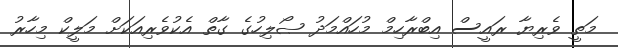
މަތީ ވެރިޔާ ރައީސް އިބްރާހިމް މުހައްމަދު ޞޯލިހުގެ ގާތް އެކުވެރިއަކަށް މަލީކް މިހާރު